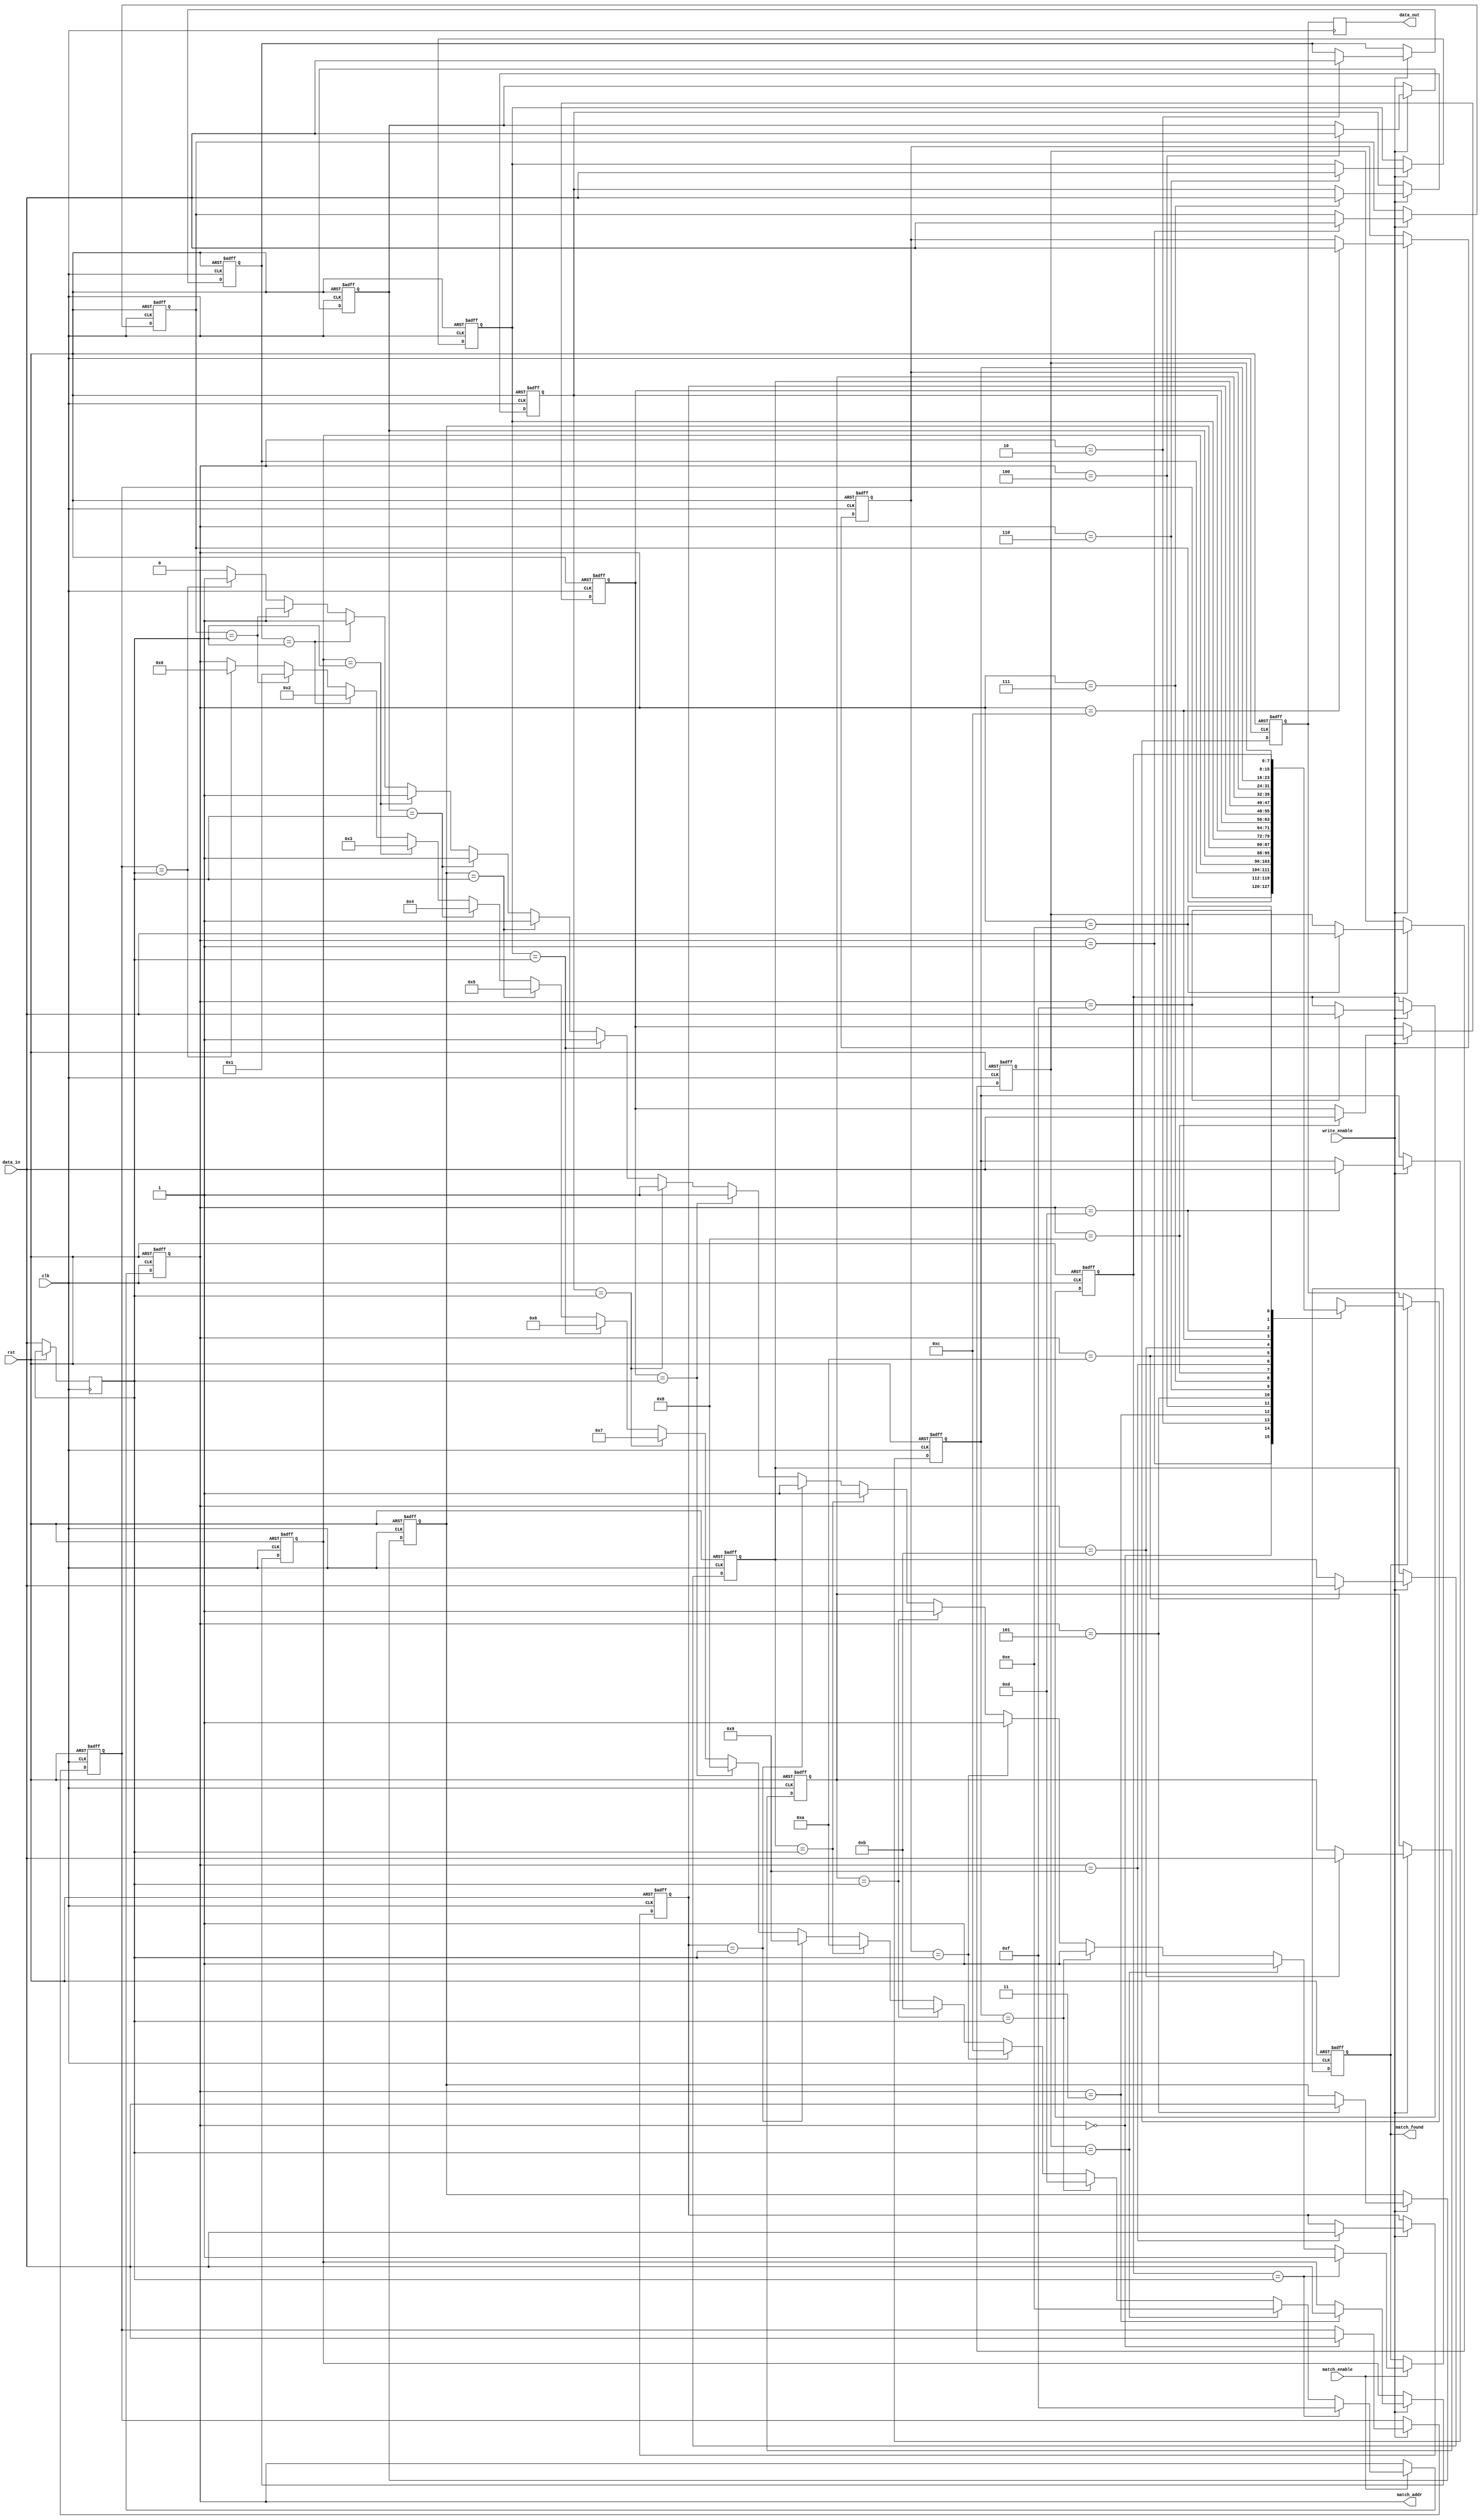
module BufferedCAM #(
    parameter DATA_WIDTH = 8,  // Width of data in bits
    parameter ADDR_WIDTH = 4,   // Number of entries (2^ADDR_WIDTH)
    parameter DEPTH = 1 << ADDR_WIDTH // Number of entries in CAM
)(
    input wire clk,
    input wire rst,
    input wire [DATA_WIDTH-1:0] data_in, // Input data for write/match
    input wire write_enable,              // Write enable signal
    input wire match_enable,              // Match enable signal
    output reg [ADDR_WIDTH-1:0] match_addr, // Address of the matched entry
    output reg match_found,               // Match found signal
    output reg [DATA_WIDTH-1:0] data_out  // Output data
);

    // Memory array for CAM
    reg [DATA_WIDTH-1:0] cam_array [0:DEPTH-1];

    // Input buffer
    reg [DATA_WIDTH-1:0] input_buffer;

    // Output buffer
    reg [DATA_WIDTH-1:0] output_buffer;

    // Control logic
    integer i;

    always @(posedge clk or posedge rst) begin
        if (rst) begin
            // Reset logic
            match_found <= 1'b0;
            match_addr <= {ADDR_WIDTH{1'b0}};
            output_buffer <= {DATA_WIDTH{1'b0}};
            for (i = 0; i < DEPTH; i = i + 1) begin
                cam_array[i] <= {DATA_WIDTH{1'b0}};
            end
        end else begin
            // Write operation
            if (write_enable) begin
                cam_array[match_addr] <= data_in; // Assuming match_addr is used for write
            end
            
            // Input buffer
            input_buffer <= data_in;

            // Match operation
            if (match_enable) begin
                match_found <= 1'b0;
                for (i = 0; i < DEPTH; i = i + 1) begin
                    if (cam_array[i] == input_buffer) begin
                        match_found <= 1'b1;
                        match_addr <= i; // Store the address of the matched entry
                    end
                end
            end

            // Output buffer
            if (match_found) begin
                output_buffer <= cam_array[match_addr];
            end
        end
    end

    // Assign output data
    always @(posedge clk) begin
        data_out <= output_buffer;
    end

endmodule